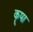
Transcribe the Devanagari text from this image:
कॄपा